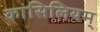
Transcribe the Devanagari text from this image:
कांसिलियम्